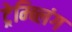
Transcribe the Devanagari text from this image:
ट्रेम्ब्लिंग